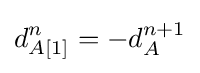
d_{A[1]}^{n}=-d_{A}^{n+1}